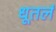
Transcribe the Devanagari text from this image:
धूतलं